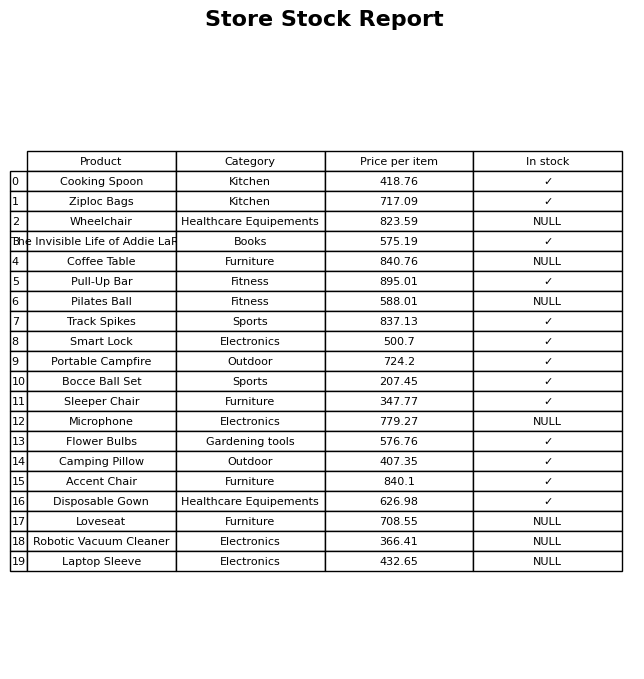
question: What is the price for Coffee Table?
answer: The price of Coffee Table is 840.76.